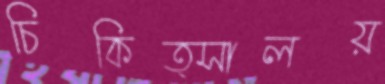
চিকিত্সালয়